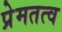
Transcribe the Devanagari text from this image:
प्रेमतत्व